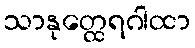
သာနုတ္ထေရဂါထာ